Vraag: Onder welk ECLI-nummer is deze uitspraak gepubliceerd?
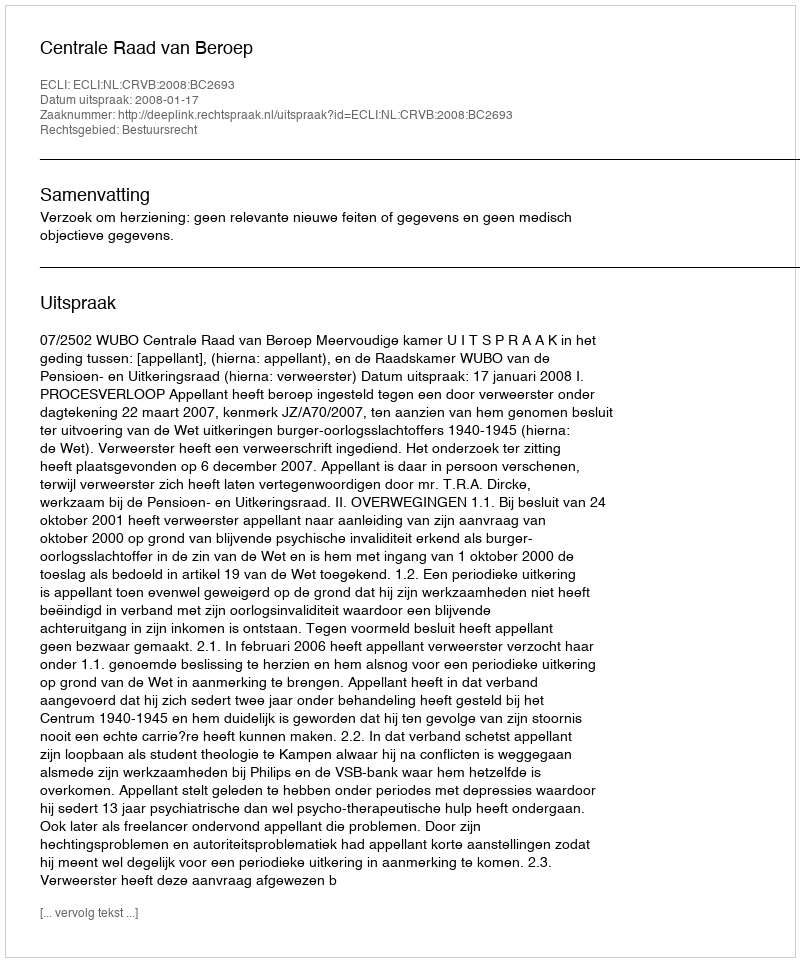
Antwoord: ECLI:NL:CRVB:2008:BC2693